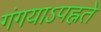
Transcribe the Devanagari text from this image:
गंगयाऽपह्नते